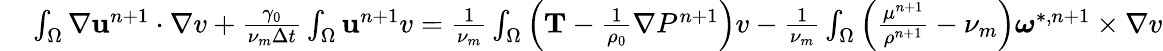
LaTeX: \begin{array}{rl}{\small}&{{}\int_{\Omega}\nabla\textbf{u}^{n+1}\cdot\nabla v+\frac{\gamma_{0}}{\nu_{m}\Delta t}\int_{\Omega}\textbf{u}^{n+1}v=\frac{1}{\nu_{m}}\int_{\Omega}\left(\textbf{T}-\frac{1}{\rho_{0}}\nabla P^{n+1}\right)v-\frac{1}{\nu_{m}}\int_{\Omega}\left(\frac{\mu^{n+1}}{\rho^{n+1}}-\nu_{m}\right)\boldsymbol{\omega}^{*,n+1}\times\nabla v}\end{array}